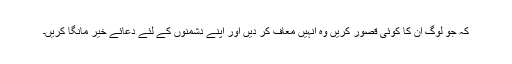
کہ جو لوگ ان کا کوئی قصور کریں وہ انہیں معاف کر دیں اور اپنے دشمنوں کے لئے دعائے خیر مانگا کریں۔